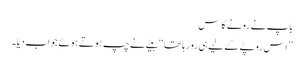
باپ نے رونے کا س
’’اس روپے کے لیے ہی رو رہا تھا‘‘ بیٹے نے چپ ہوتے ہوئے جواب دیا۔